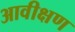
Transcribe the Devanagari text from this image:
आवीक्षण